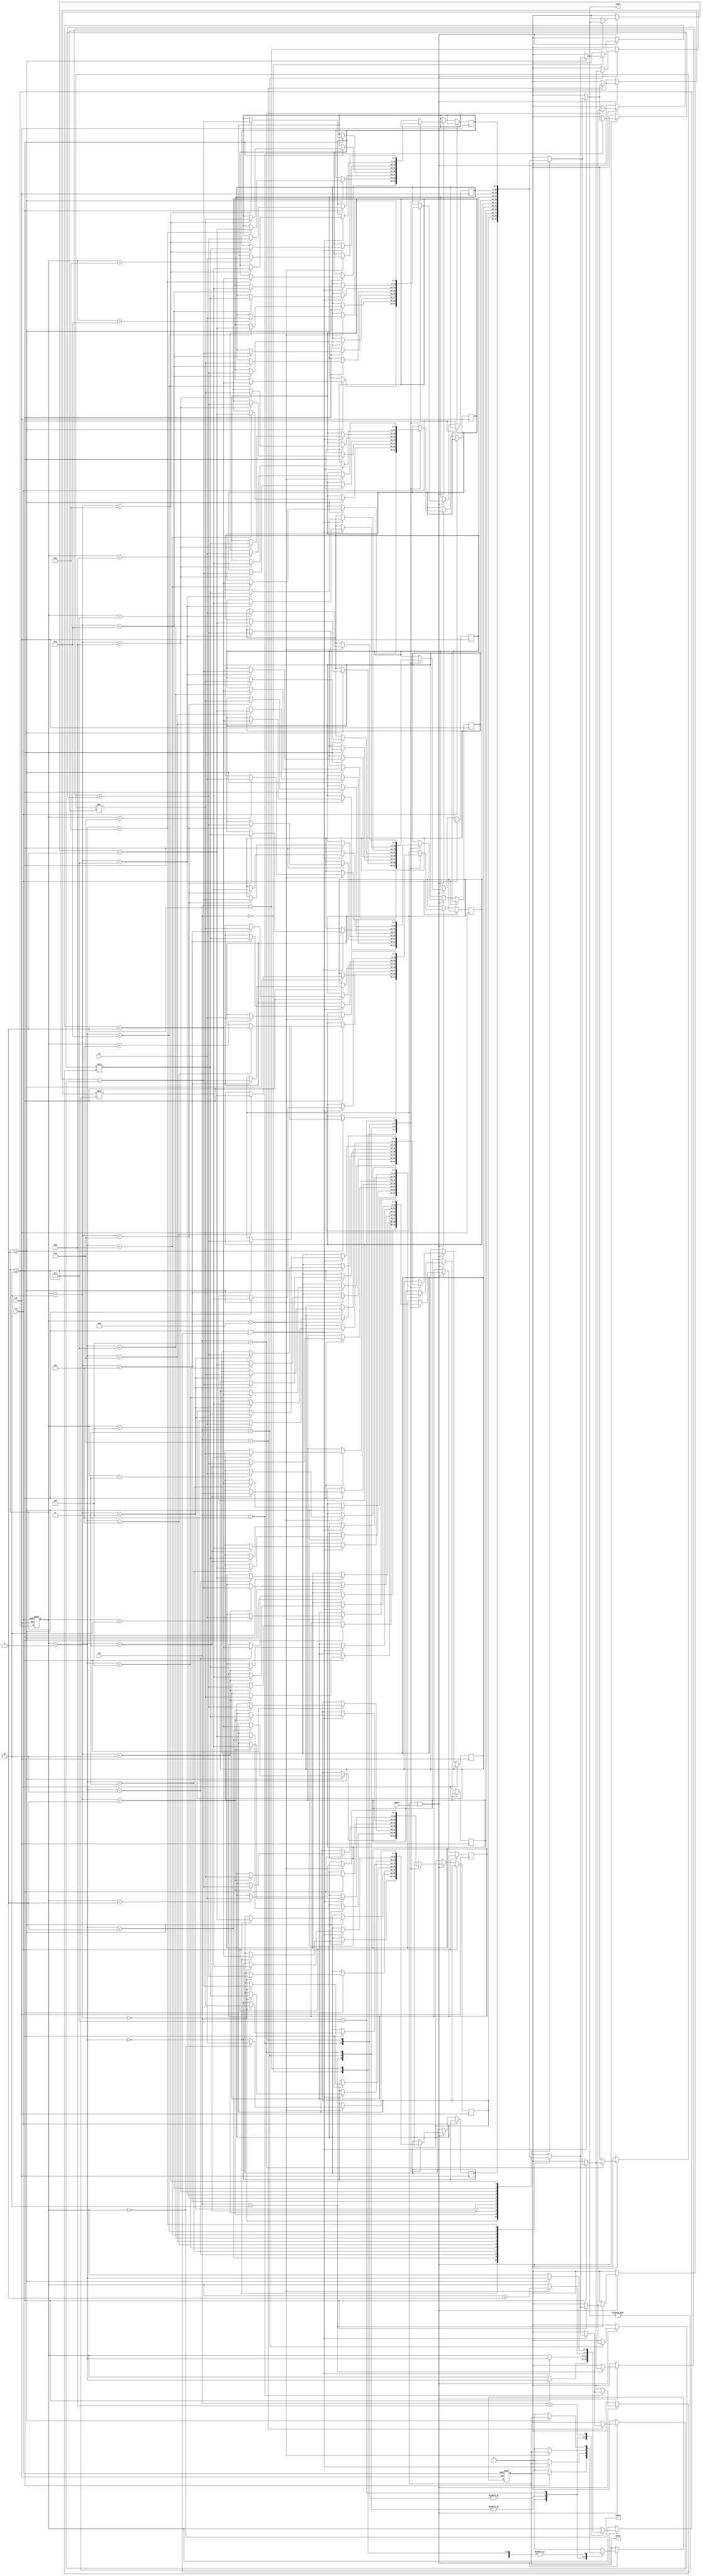
module main (clk, rst, in, op, apply, head, empty, valid);
    
    parameter W= 4'd8;

    input wire clk, rst, apply;
    input wire [W-1:0] in;
    input wire [3:0] op;
    
    output wire [W-1:0] head;
    output wire empty;
    output reg valid;
    
    reg [W-1:0] stack [0:10];
    reg [3:0] size;
    
    wire has2; 
    assign has2 = size>=2;

    wire has1;
    assign has1 = size>=1;
     
    assign empty = size == 0;
    assign head = has1 ? stack[size-1] : {W{1'bx}};
    
    always @(posedge clk, posedge rst) begin
        if (rst) begin
            size <= 4'd0;
            valid <= 1;
        end
        else if (clk) begin
            if (valid == 1 && apply == 1) begin
                case(op)
                    4'd0 :
                        begin
                            if (has1) stack[size-1] <= stack[size-1] + 1;
                            else valid <= 0;
                        end
                    
                    4'd1 :
                        begin
                            if (has1) stack[size-1] <= stack[size-1] - 1;
                            else valid <= 0;
                        end
                    
                    4'd2 :
                        begin
                            if (has2) begin
                                stack[size-2] <= stack[size-2] + stack[size-1];
                                size <= size - 1;
                            end
                            else valid <= 0;
                        end
                    
                    4'd3 :
                        begin
                            if (has2) begin
                                stack[size-2] <= stack[size-2] - stack[size-1];
                                size <= size - 1;
                            end
                            else valid <= 0;
                        end
                    
                    4'd4 :
                        begin
                            if (has2) begin
                                stack[size-2] <= stack[size-2] * stack[size-1];
                                size <= size - 1;
                            end
                            else valid <= 0;
                        end
                    
                    4'd5 :
                        begin
                            if (has2 && head != 0) begin
                                stack[size-2] <= stack[size-2] / stack[size-1];
                                size <= size - 1;
                            end
                            else valid <= 0;
                        end
                    
                    4'd6 :
                        begin
                            if (has2 && head != 0) begin
                                stack[size-2] <= stack[size-2] % stack[size-1];
                                size <= size - 1;
                            end
                            else valid <= 0;
                        end
                    
                    4'd7 :
                        begin
                            if (size < 4'd11) begin
                                stack[size] <= in;
                                size <= size + 1;
                            end
                            else valid<=0;
                        end
                    
                    4'd8 :
                        begin
                            if (has1) size <= size -1;
                            else valid <= 0;
                        end
                    
                    default: valid <= 0;
                endcase
            end       
        end
        
    end
    
endmodule